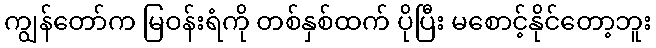
ကျွန်တော်က မြဝန်းရံကို တစ်နှစ်ထက် ပိုပြီး မစောင့်နိုင်တော့ဘူး